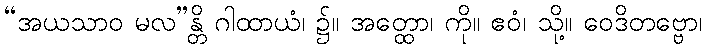
“အယသာဝ မလ”န္တိ ဂါထာယံ၊ ၌။ အတ္ထော၊ ကို။ ဧဝံ၊ သို့။ ဝေဒိတဗ္ဗော၊